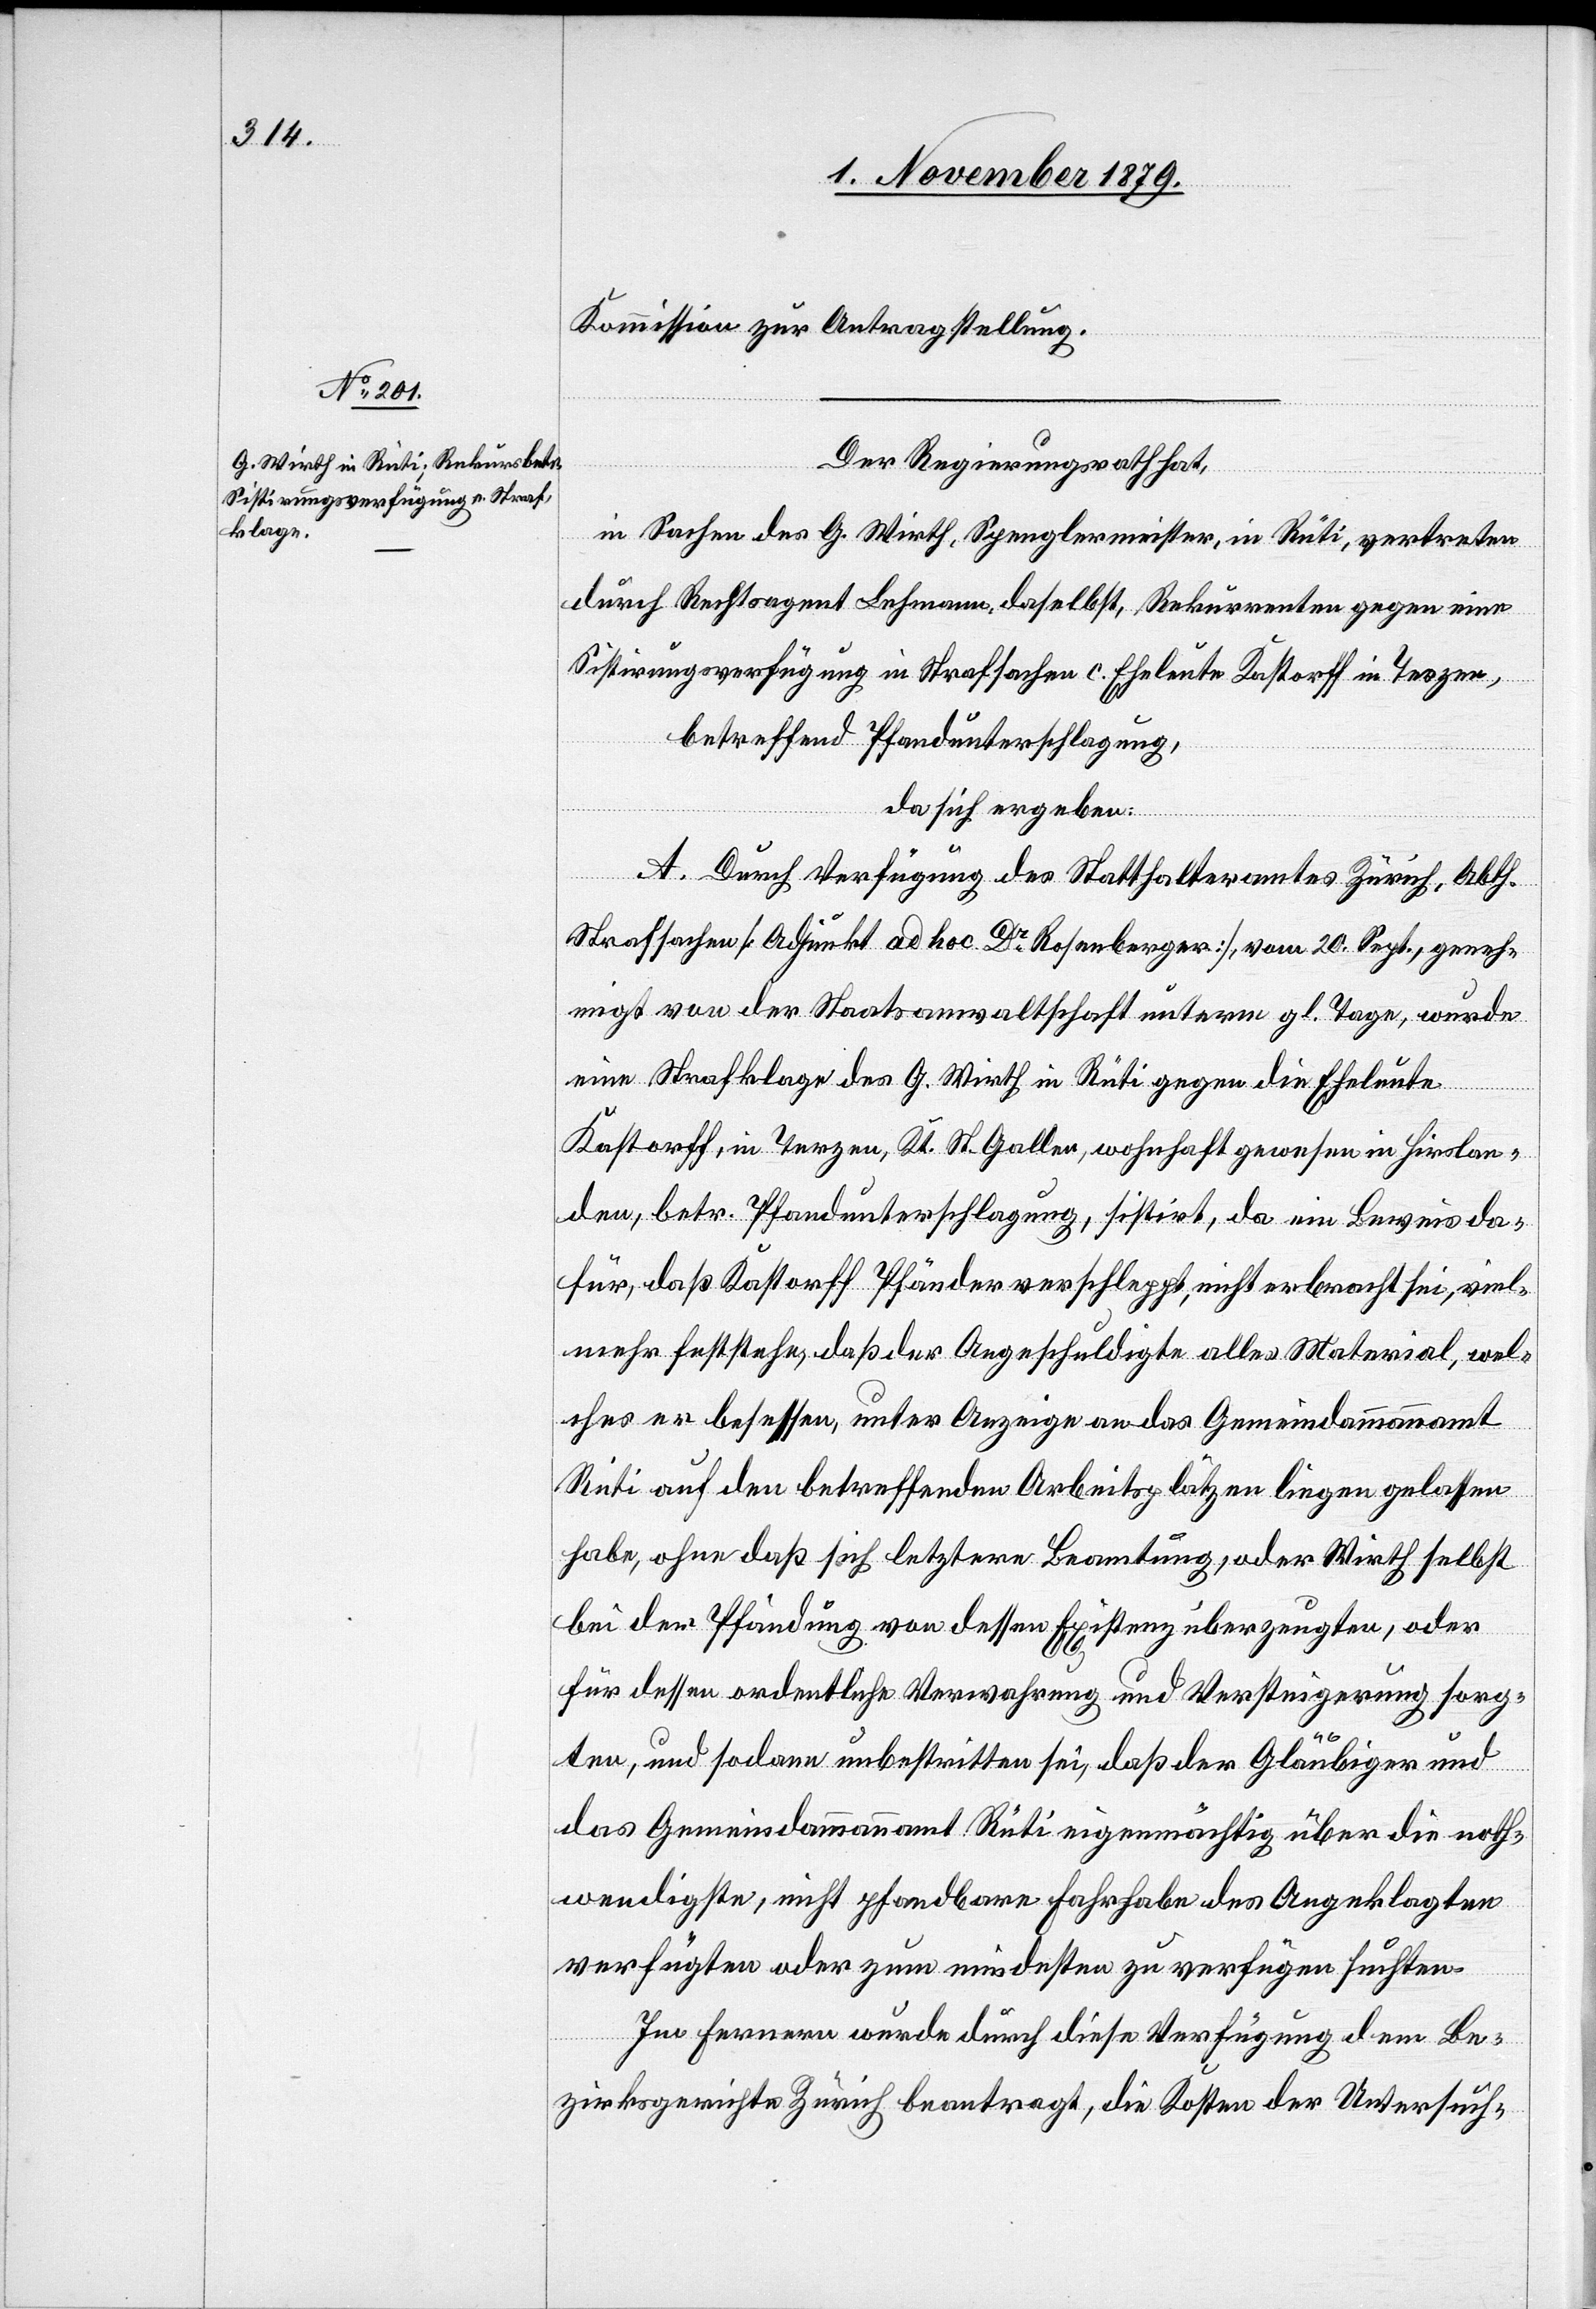
Kommission zur Antragstellung.
Der Regierungsrath hat,
in Sachen des G. Wirth, Spenglermeister, in Rüti, vertreten
durch Rechtsagent Lehmann, daselbst, Rekurrenten gegen eine
Sistirungsverfügung in Strafsachen c. Eheleute Kastorff in Terzen,
betreffend Pfandunterschlagung,
da sich ergeben:
A. Durch Verfügung des Statthalteramtes Zürich, Abth.
Strafsachen [Adjunkt ad hoc Dr Rosenberger], vom 20. Sept., geneh¬
migt von der Staatsanwaltschaft unterm gl. Tage, wurde
Kastorff, in Terzen Kt. St. Gallen, wohnhaft gewesen in Hirslan¬
den, betr. Pfandunterschlagung, sistirt, da ein Beweis da¬
für, daß Kastorff Pfänder verschleppt, nicht erbracht sei, viel¬
mehr feststehe, das der Angeschuldigte alles Material, wel¬
ches er besessen, unter Anzeige an das Gemeindeammannamt
Rüti auf den betreffenden Arbeitsplätzen liegen gelassen
habe, ohne daß sich letztere Beamtung, oder Wirth selbst
bei der Pfändung von dessen Existenz überzeugten, oder
für dessen ordentliche Verwahrung und Versteigerung sorg¬
ten, und sodann unbestritten sei, daß der Gläubiger und
das Gemeindammannamt Rüti eigenmächtig über die noth¬
wendigste, nicht pfandbare Fahrhabe des Angeklagten
verfügten oder zum mindesten zu verfügen suchten.
Im Fernern wurde durch diese Verfügung dem Be¬
zirksgericht Zürich beantragt, die Kosten der Untersuch-